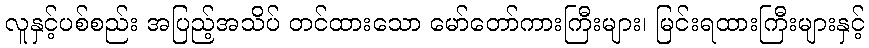
လူနှင့်ပစ်စည်း အပြည့်အသိပ် တင်ထားသော မော်တော်ကားကြီးများ၊ မြင်းရထားကြီးများနှင့်